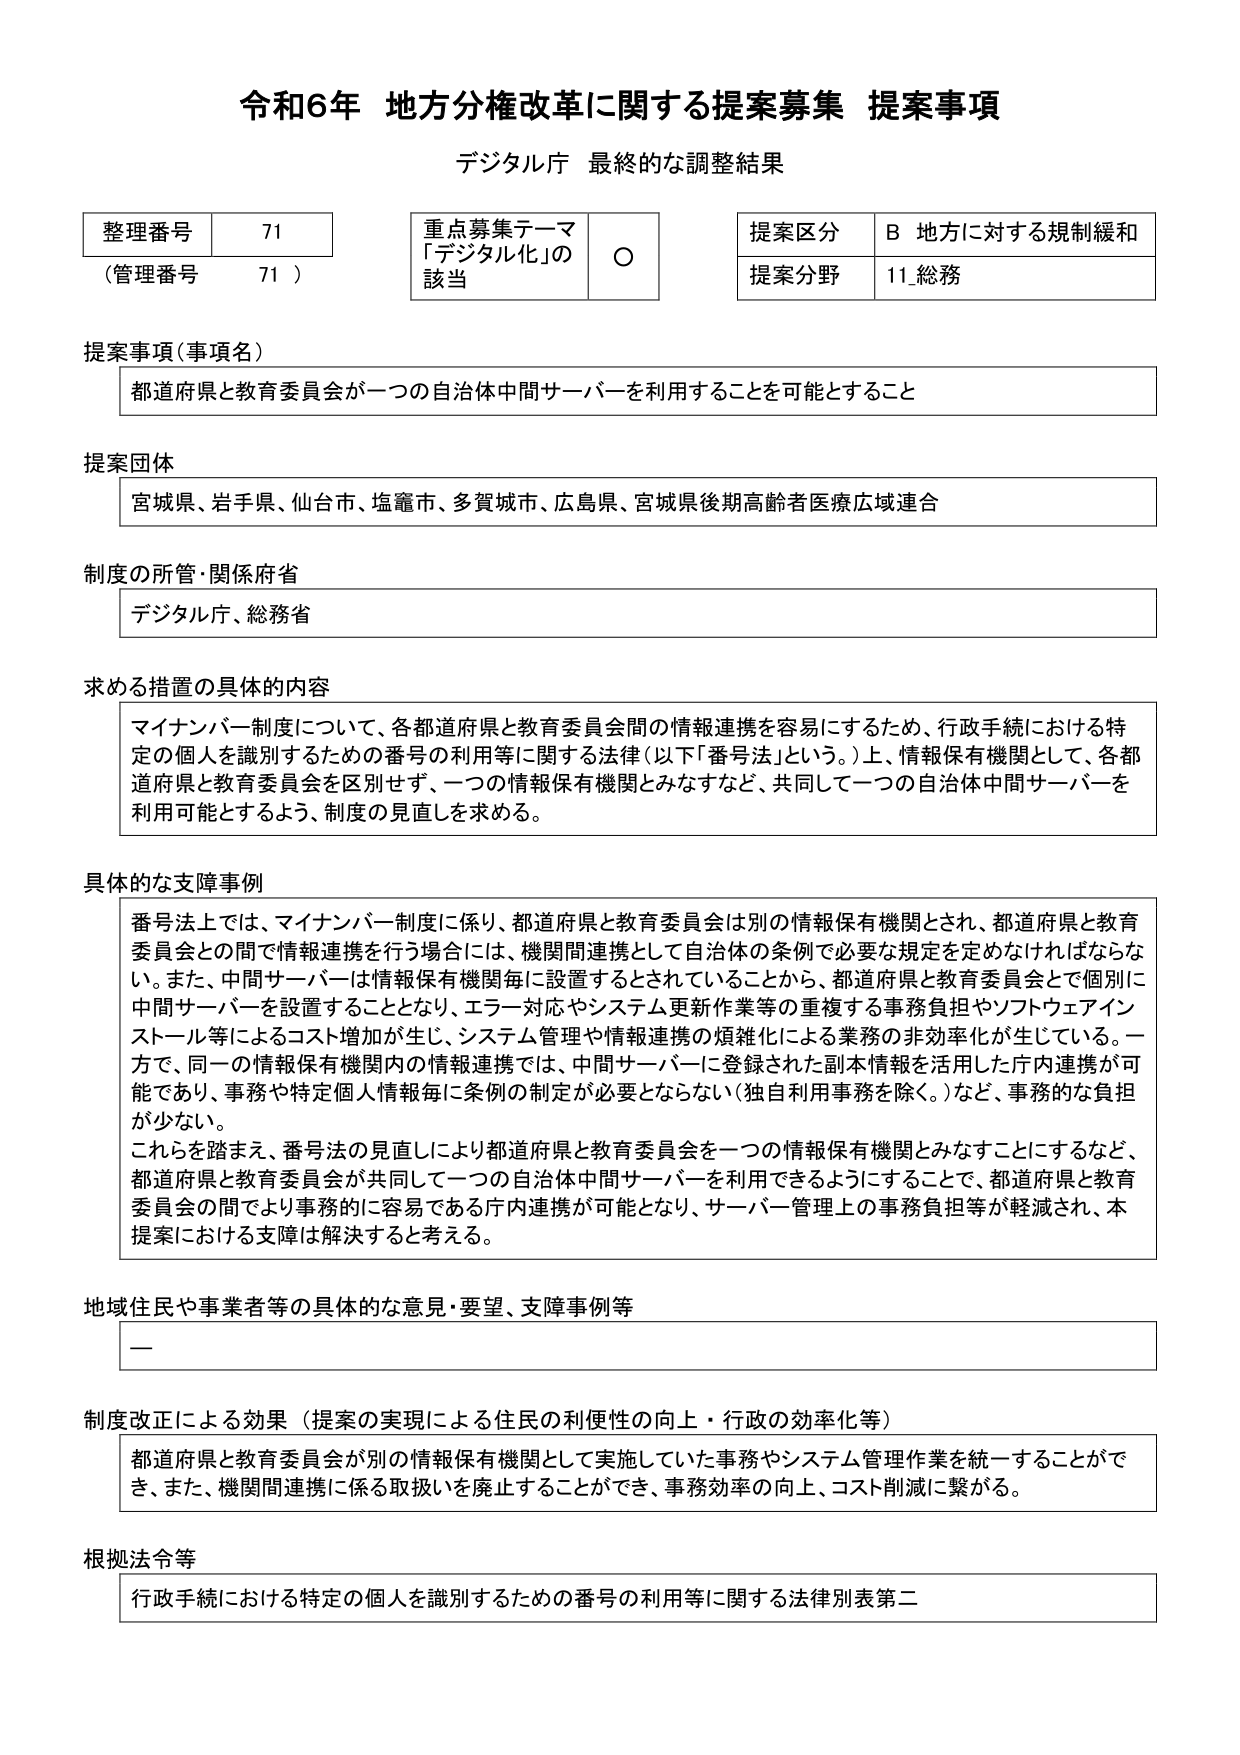
令和6年 地方分権改革に関する提案募集 提案事項
デジタル庁 最終的な調整結果

整理番号 71
（管理番号 71）

重点募集テーマ
「デジタル化」の該当 ○

提案区分 B 地方に対する規制緩和
提案分野 11 総務

提案事項（事項名）
都道府県と教育委員会が一つの自治体中間サーバーを利用することを可能とすること

提案団体
宮城県、岩手県、仙台市、塩竈市、多賀城市、広島県、宮城県後期高齢者医療広域連合

制度の所管・関係府省
デジタル庁、総務省

求める措置の具体的内容
マイナンバー制度について、各都道府県と教育委員会間の情報連携を容易にするため、行政手続における特定の個人を識別するための番号の利用等に関する法律（以下「番号法」という。）上、情報保有機関として、各都道府県と教育委員会を区別せず、一つの情報保有機関とみなすなど、共同して一つの自治体中間サーバーを利用可能とするよう、制度の見直しを求める。

具体的な支障事例
番号法上では、マイナンバー制度に係り、都道府県と教育委員会は別の情報保有機関とされ、都道府県と教育委員会との間で情報連携を行う場合には、機関間連携として自治体の条例で必要な規定を定めなければならない。また、中間サーバーは情報保有機関毎に設置するとされていることから、都道府県と教育委員会とで個別に中間サーバーを設置することとなり、エラー対応やシステム更新作業等の重複する事務負担やソフトウェアインストール等によるコスト増加が生じ、システム管理や情報連携の煩雑化による業務の非効率化が生じている。一方で、同一の情報保有機関内の情報連携では、中間サーバーに登録された副本情報を活用した庁内連携が可能であり、事務や特定個人情報毎に条例の制定が必要とならない（独自利用事務を除く。）など、事務的な負担が少ない。
これらを踏まえ、番号法の見直しにより都道府県と教育委員会を一つの情報保有機関とみなすことにするなど、都道府県と教育委員会が共同して一つの自治体中間サーバーを利用できるようにすることで、都道府県と教育委員会の間でより事務的に容易である庁内連携が可能となり、サーバー管理上の事務負担等が軽減され、本提案における支障は解決すると考える。

地域住民や事業者等の具体的な意見・要望、支障事例等
—

制度改正による効果（提案の実現による住民の利便性の向上・行政の効率化等）
都道府県と教育委員会が別の情報保有機関として実施していた事務やシステム管理作業を統一することができ、また、機関間連携に係る取扱いを廃止することができ、事務効率の向上、コスト削減に繋がる。

根拠法令等
行政手続における特定の個人を識別するための番号の利用等に関する法律別表第二